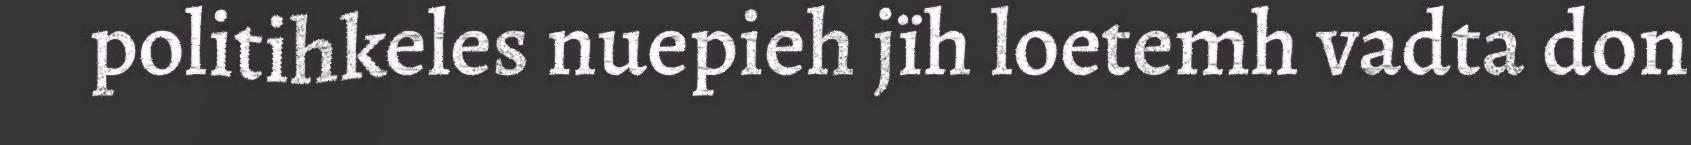
politihkeles nuepieh jïh loetemh vadta don